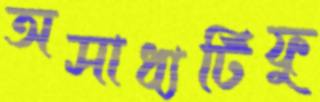
অসাধ্যটিফু